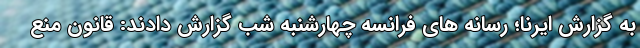
به گزارش ایرنا؛ رسانه های فرانسه چهارشنبه شب گزارش دادند: قانون منع